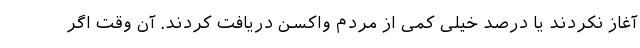
آغاز نکردند یا درصد خیلی کمی از مردم واکسن دریافت کردند. آن وقت اگر